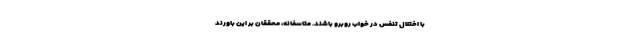
با اختلال تنفس در خواب روبرو باشند. متاسفانه، محققان بر این باورند